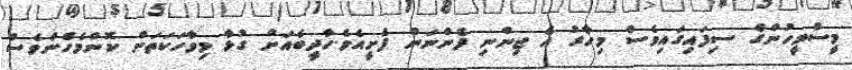
މީސްމީހުންގެ ސިފައިގައިވެސް މިހާރު އެ ޖިންނި ފެންނަން ފެށީއެވެ.ހާދީބެއަށް ގުޅާ މިވާހަކަތަށް ކޮންމެހެންވެސް